Annual administration report of the Civil Veterinary Department of India - 1897-1898
Year: 1897
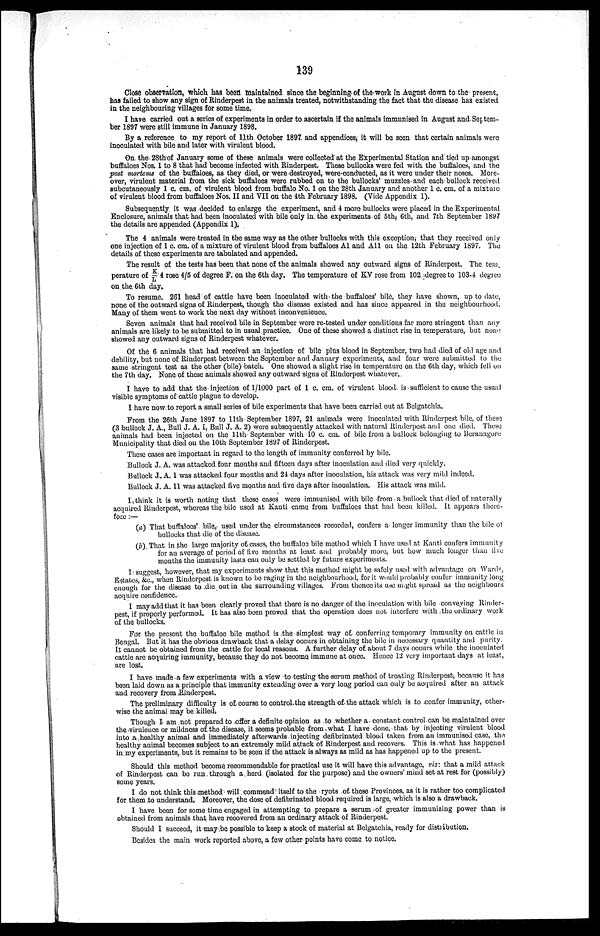
139
Close observation, which has been maintained since the beginning of the work in August down to the present,
has failed to show any sign of Rinderpest in the animals treated, notwithstanding the fact that the disease has existed
in the neighbouring villages for some time.
I have carried out a series of experiments in order to ascertain if the animals immunised in August and Septem
ber 1897 were still immune in January 1898.
By a reference to my report of 11th October 1897 and appendices, it will be seen that certain animals were
inoculated with bile and later with virulent blood.
On the 28th of January some of these animals were collected at the Experimental Station and tied up amongst
buffaloes Nos. 1 to 8 that had become infected with Rinderpest. These bullocks were fed with the buffaloes, and the
post mortems of the buffaloes, as they died, or were destroyed, were conducted, as it were under their noses. More-
over, virulent material from the sick buffaloes were rubbed on to the bullocks' muzzles and each bullock received
subcutaneously 1 c. cm. of virulent blood from buffalo No. 1 on the 28th January and another 1 c. cm. of a mixture
of virulent blood from buffaloes Nos. II and VII on the 4th February 1898. (Vide Appendix 1).
Subsequently it was decided to enlarge the experiment, and 4 more bullocks were placed in the Experimental
Enclosure, animals that had been inoculated with bile only in the experiments of 5th, 6th, and 7th September 1897
the details are appended (Appendix 1).
The 4 animals were treated in the same way as the other bullocks with this exception, that they received only
one injection of 1 c. cm of a mixture of virulent blood from buffaloes A1 and All on the 12th February 1897. The
details of these experiments are tabulated and appended.
The result of the tests has been that none of the animals showed any outward signs of Rinderpest. The tem.
perature of K/L 4 rose 4/5 of degree F. on the 6th day. The temperature of KV rose from 102 degree to 103-4 degree
on the 6th day.
To resume. 261 head of cattle have been inoculated with the buffaloes' bile, they have shown, up to date,
none of the outward signs of Rinderpest, though the disease existed and has since appeared in the neighbourhood.
Many of them went to work the next day without inconvenience.
Seven animals that had received bile in September were re-tested under conditions far more stringent than any
animals are likely to be submitted to in usual practice. One of these showed a distinct rise in temperature, but none
showed any outward signs of Rinderpest whatever.
Of the 6 animals that had received an injection of bile plus blood in September, two had died of old age and
debility, but none of Rinderpest between the September and January experiments, and four were submitted to the
same stringent test as the other (bile) batch. One showed a slight rise in temperature on the 6th day, which fell on
the 7th day. None of these animals showed any outward signs of Rinderpest whatever.
I have to add that the injection of 1/1000 part of 1 c. cm. of virulent blood is sufficient to cause the usual
visible symptoms of cattle plague to develop.
I have now to report a small series of bile experiments that have been carried out at Belgatchia.
From the 26th June 1897 to 11th September 1897, 21 animals were inoculated with Rinderpest bile, of these
(3 bullock J. A., Bull J. A. I, Bull J. A. 2) were subsequently attacked with natural Rinderpest and one died. These
animals had been injected on the 11th September with 10 c. cm. of bile from a bullock belonging to Beranagore
Municipality that died on the 10th September 1897 of Rinderpest.
These cases are important in regard to the length of immunity conferred by bile.
Bullock J. A. was attacked four months and fifteen days after inoculation and died very quickly.
Bullock J. A. 1 was attacked four months and 24 days after inoculation, his attack was very mild indeed.
Bullock J. A. 11 was attacked five months and five days after inoculation. His attack was mild.
I think it is worth noting that these cases were immunised with bile from a bullock that died of naturally
acquired Rinderpest, whereas the bile used at Kanti came from buffaloes that had been killed. It appears there-
fore:—
(a) That buffaloes' bile, used under the circumstances recorded, confers a longer immunity than the bile of
bullocks that die of the disease.
(b) That in the large majority of cases, the buffaloe bile method which I have used at Kanti confers immunity
for an average of period of five months at least and probably more, but how much longer than five
months the immunity lasts can only be settled by future experiments.
I suggest, however, that my experiments show that this method might be safely used with advantage on Wards,
Estates, &c., when Rinderpest is known to be raging in the neighbourhood, for it would probably confer immunity long
enough for the disease to die out in the surrounding villages. From thence its use might spread as the neighbours
acquire confidence.
I may add that it has been clearly proved that there is no danger of the inoculation with bile conveying Rinder-
pest, if properly performed. It has also been proved that the operation does not interfere with the ordinary work
of the bullocks.
For the present the buffaloe bile method is the simplest way of conferring temporary immunity on cattle in
Bengal. But it has the obvious drawback that a delay occurs in obtaining the bile in necessary quantity and purity.
It cannot be obtained from the cattle for local reasons. A further delay of. about 7 days occurs while the inoculated
cattle are acquiring immunity, because they do not become immune at once. Hence 12 very important days at least,
are lost.
I have made a few experiments with a view to testing the serum method of treating Rinderpest, because it has
been laid down as a principle that immunity extending over a very long period can only be acquired after an attack
and recovery from Rinderpest.
The preliminary difficulty is of course to control the strength of the attack which is to confer immunity, other-
wise the animal may be killed.
Though I am not prepared to offer a definite opinion as to whether a constant control can be maintained over
the virulence or mildness of the disease, it seems probable from what I have done, that by injecting virulent blood
into a healthy animal and immediately afterwards injecting defibrinated blood taken from an immunised case, the
healthy animal becomes subject to an extremely mild attack of Rinderpest and recovers. This is what has happened
in my experiments, but it remains to be seen if the attack is always as mild as has happened up to the present.
Should this method become recommendable for practical use it will have this advantage, viz: that a mild attack
of Rinderpest can be run through a herd (isolated for the purpose) and the owners' mind set at rest for (possibly)
some years.
I do not think this method will commend itself to the ryots of these Provinces, as it is rather too complicated
for them to understand. Moreover, the dose of defibrinated blood required is large, which is also a drawback.
I have been for some time engaged in attempting to prepare a serum of greater immunizing power than is
obtained from animals that have recovered from an ordinary attack of Rinderpest.
Should I succeed, it may be possible to keep a stock of material at Belgatchia, ready for distribution.
Besides the main work reported above, a few other points have come to notice.